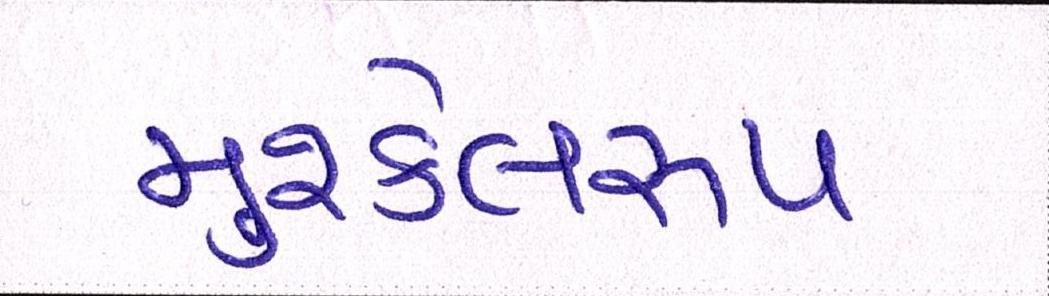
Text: મુશ્કેલરૂપ